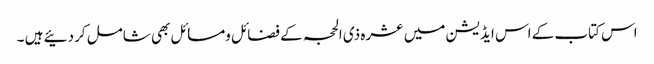
اس کتاب کے اس ایڈیشن میں عشرہ ذی الحجہ کے فضائل ومسائل بھی شامل کردئیے ہیں ۔